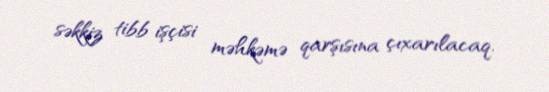
səkkiz tibb işçisi məhkəmə qarşısına çıxarılacaq.